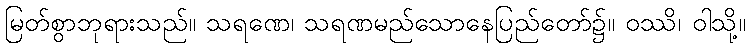
မြတ်စွာဘုရားသည်။ သရဏေ၊ သရဏမည်သောနေပြည်တော်၌။ ဝဿိ၊ ဝါသို့။